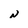
Character: N